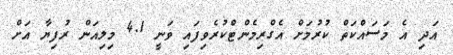
އަދި އެ މަސައްކަތް ކުރުމަށް އެގްރިމެންޓްކުރެވިފައި ވަނީ 4.1 މިލިއަން ރުފިޔާ އަށް